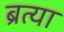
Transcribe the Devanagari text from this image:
ब्रत्या